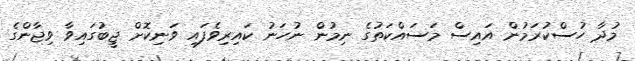
މުދާ ހުސްކުރަމުން އައިސް މަސައްކަތުގެ ނިމުން ނުހަނު ކައިރިވެފައި ވަނިކޮށް ޖީބުގައިވާ ވިޖާންގެ